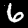
Label: 6